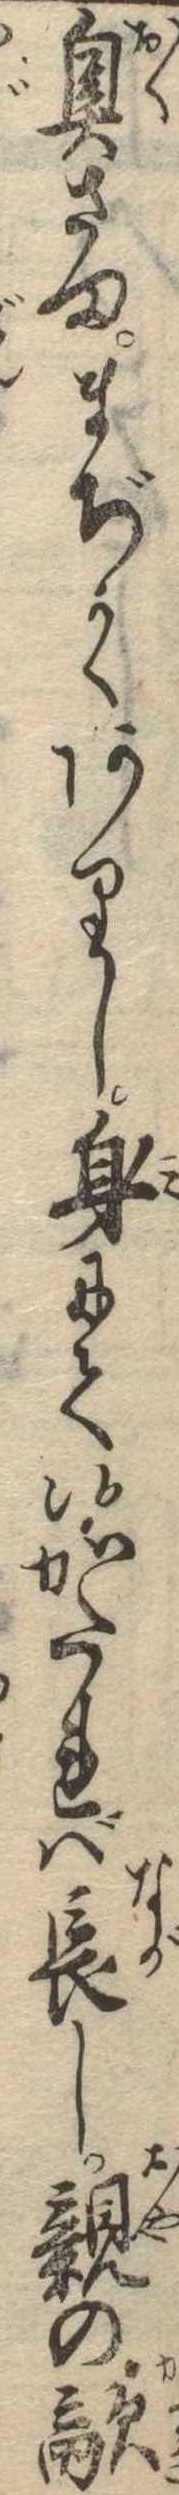
奥さままぢかくありし身にて候かたれば長し親の敵